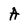
Character: A